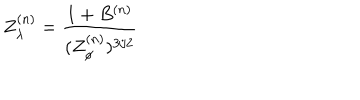
Z _ { \lambda } ^ { ( n ) } = \frac { 1 + B ^ { ( n ) } } { ( Z _ { \phi } ^ { ( n ) } ) ^ { 3 / 2 } }